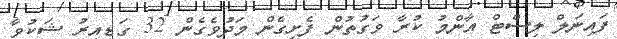
ފައިނަލް ލިސްޓް އާންމު ކުރާ ވަގުތުން ފެށިގެން މަދުވެގެން 32 ގަޑިއިރު ޝަކުވާ